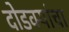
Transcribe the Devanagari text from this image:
दोडक्यांचा